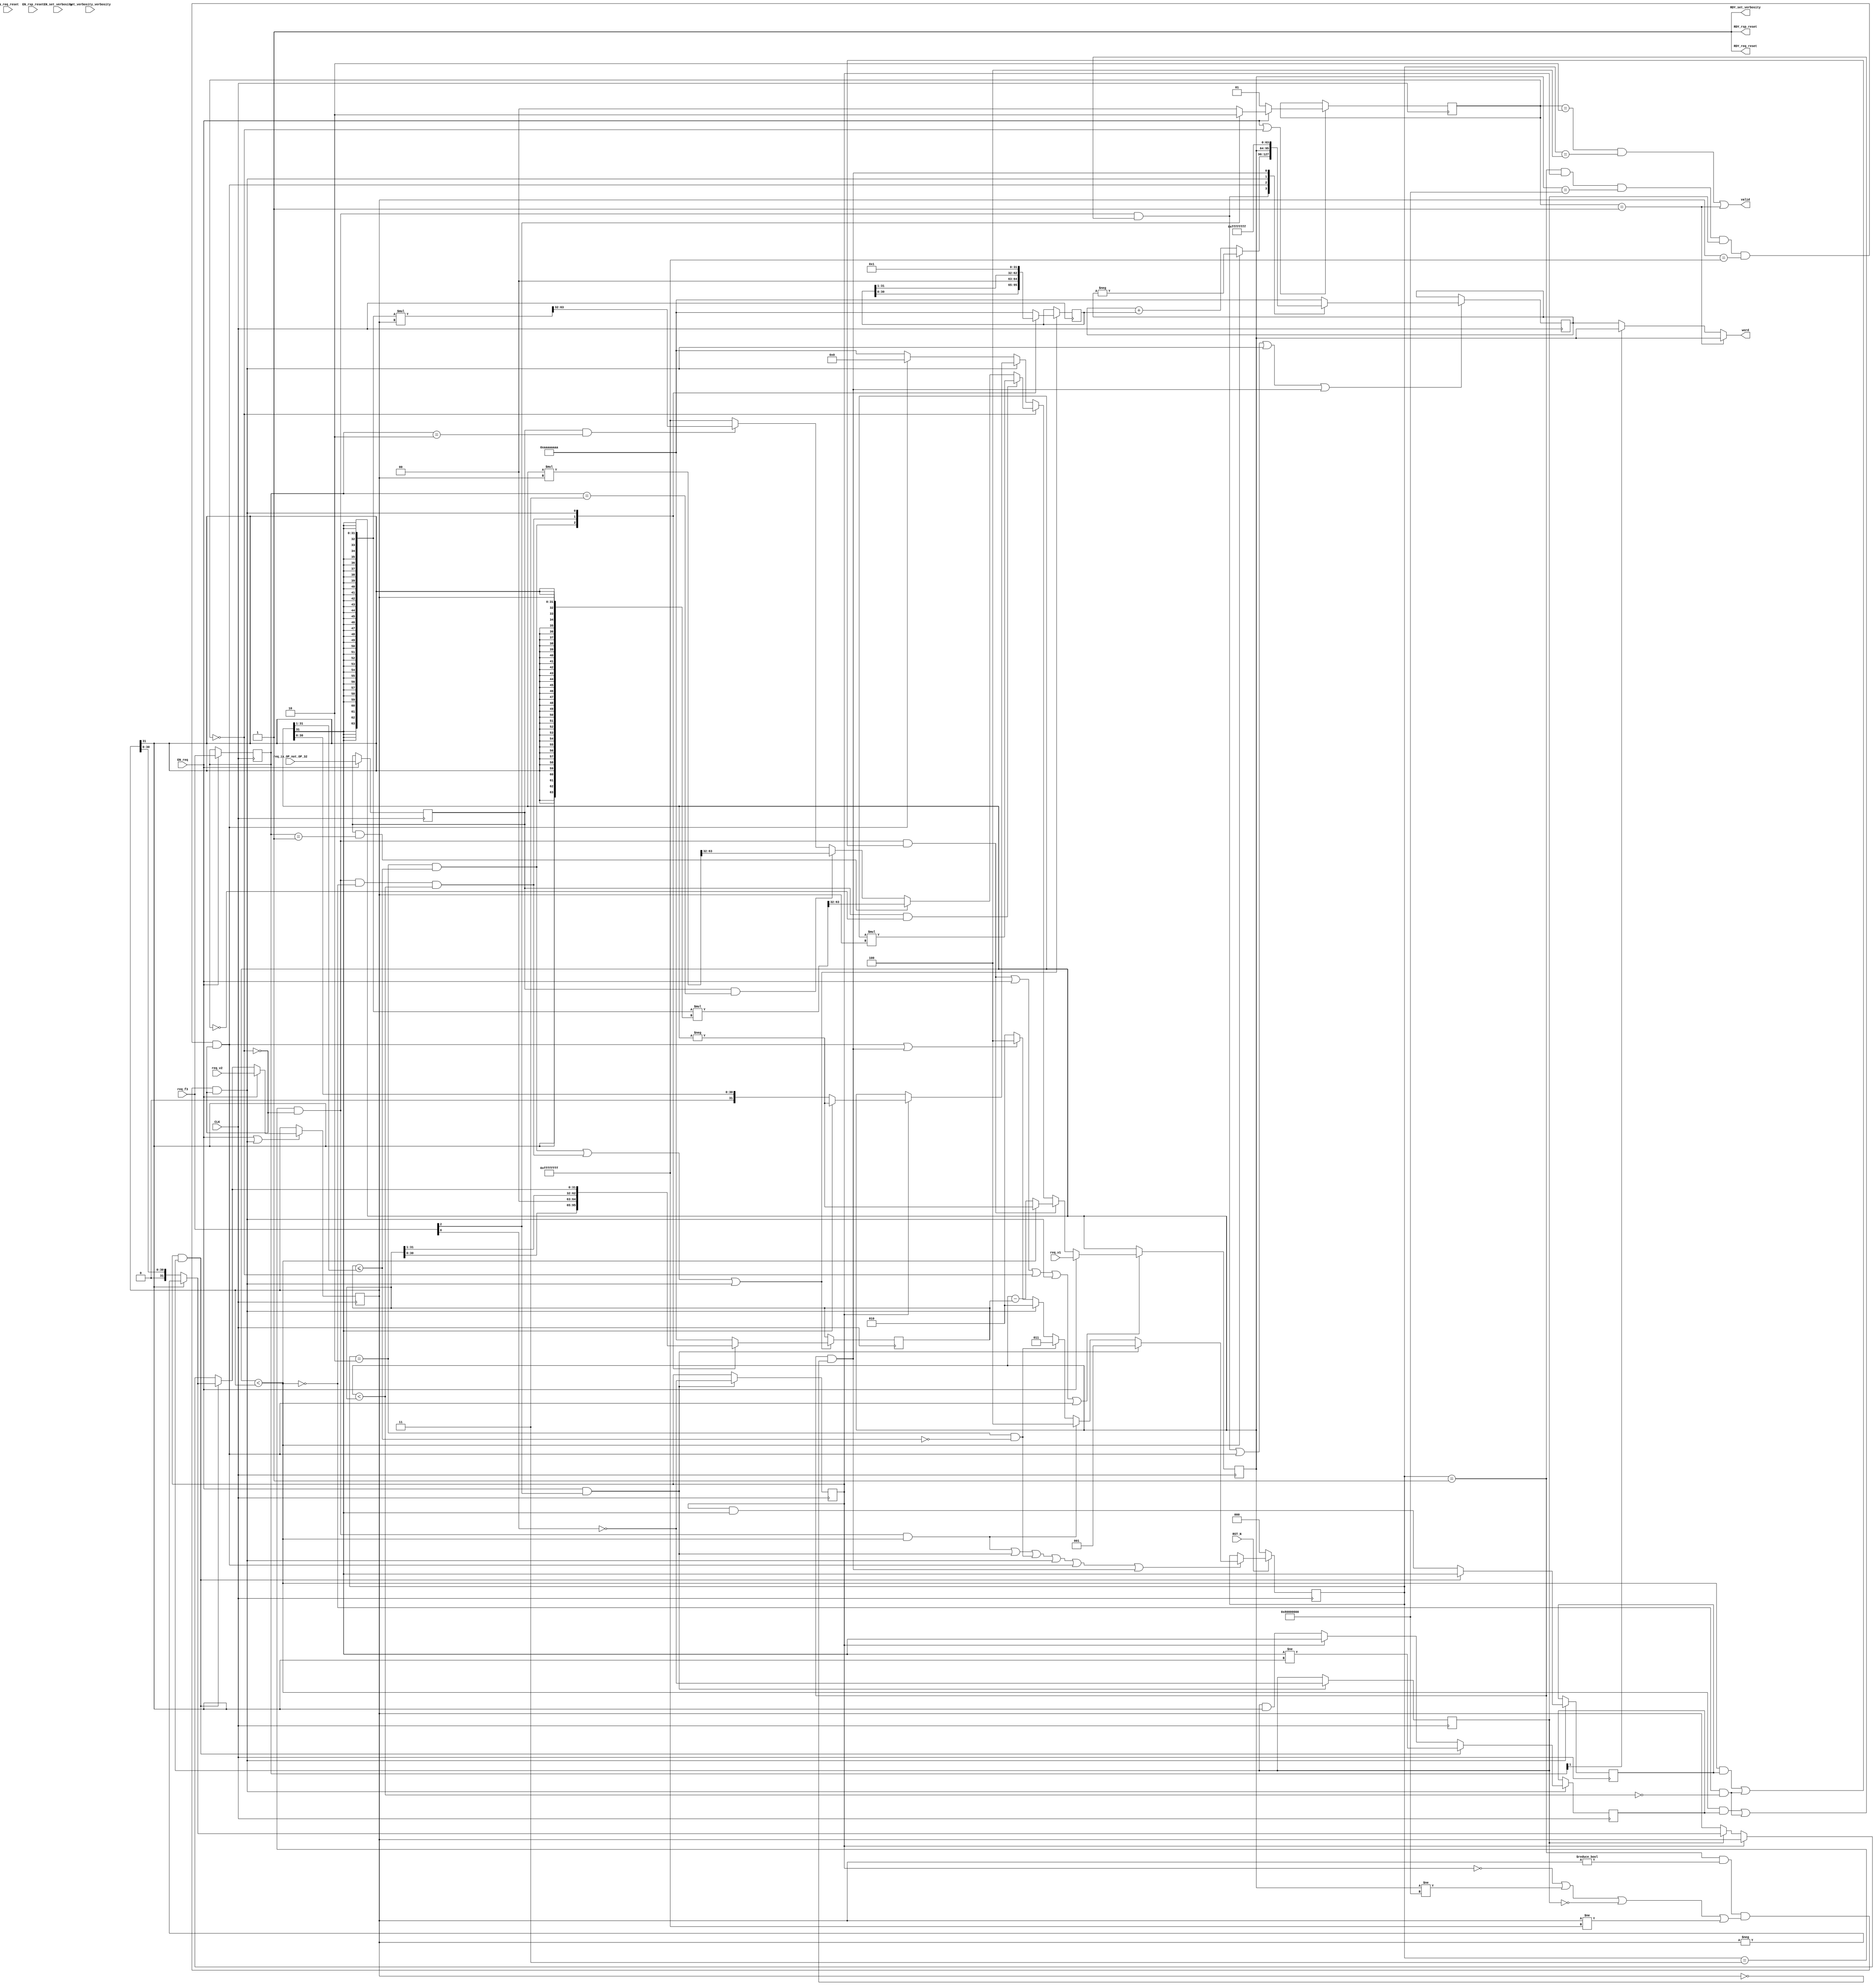
//
// Generated by Bluespec Compiler, version 2018.10.beta1 (build e1df8052c, 2018-10-17)
//
//
//
//
// Ports:
// Name                         I/O  size props
// RDY_set_verbosity              O     1 const
// RDY_req_reset                  O     1 const
// RDY_rsp_reset                  O     1 const
// valid                          O     1
// word                           O    32
// CLK                            I     1 clock
// RST_N                          I     1 reset
// set_verbosity_verbosity        I     4 reg
// req_is_OP_not_OP_32            I     1 reg
// req_f3                         I     3
// req_v1                         I    32
// req_v2                         I    32
// EN_set_verbosity               I     1
// EN_req_reset                   I     1 unused
// EN_rsp_reset                   I     1 unused
// EN_req                         I     1
//
// No combinational paths from inputs to outputs
//
//

`ifdef BSV_ASSIGNMENT_DELAY
`else
  `define BSV_ASSIGNMENT_DELAY
`endif

`ifdef BSV_POSITIVE_RESET
  `define BSV_RESET_VALUE 1'b1
  `define BSV_RESET_EDGE posedge
`else
  `define BSV_RESET_VALUE 1'b0
  `define BSV_RESET_EDGE negedge
`endif

module mkRISCV_MBox(CLK,
		    RST_N,

		    set_verbosity_verbosity,
		    EN_set_verbosity,
		    RDY_set_verbosity,

		    EN_req_reset,
		    RDY_req_reset,

		    EN_rsp_reset,
		    RDY_rsp_reset,

		    req_is_OP_not_OP_32,
		    req_f3,
		    req_v1,
		    req_v2,
		    EN_req,

		    valid,

		    word);
  input  CLK;
  input  RST_N;

  // action method set_verbosity
  input  [3 : 0] set_verbosity_verbosity;
  input  EN_set_verbosity;
  output RDY_set_verbosity;

  // action method req_reset
  input  EN_req_reset;
  output RDY_req_reset;

  // action method rsp_reset
  input  EN_rsp_reset;
  output RDY_rsp_reset;

  // action method req
  input  req_is_OP_not_OP_32;
  input  [2 : 0] req_f3;
  input  [31 : 0] req_v1;
  input  [31 : 0] req_v2;
  input  EN_req;

  // value method valid
  output valid;

  // value method word
  output [31 : 0] word;

  // signals for module outputs
  wire [31 : 0] word;
  wire RDY_req_reset, RDY_rsp_reset, RDY_set_verbosity, valid;

  // inlined wires
  wire dw_valid$whas;

  // register cfg_verbosity
  reg [3 : 0] cfg_verbosity;
  wire [3 : 0] cfg_verbosity$D_IN;
  wire cfg_verbosity$EN;

  // register intDiv_rg_denom2
  reg [31 : 0] intDiv_rg_denom2;
  reg [31 : 0] intDiv_rg_denom2$D_IN;
  wire intDiv_rg_denom2$EN;

  // register intDiv_rg_denom_is_signed
  reg intDiv_rg_denom_is_signed;
  wire intDiv_rg_denom_is_signed$D_IN, intDiv_rg_denom_is_signed$EN;

  // register intDiv_rg_n
  reg [31 : 0] intDiv_rg_n;
  reg [31 : 0] intDiv_rg_n$D_IN;
  wire intDiv_rg_n$EN;

  // register intDiv_rg_numer_is_signed
  reg intDiv_rg_numer_is_signed;
  wire intDiv_rg_numer_is_signed$D_IN, intDiv_rg_numer_is_signed$EN;

  // register intDiv_rg_quo
  reg [31 : 0] intDiv_rg_quo;
  reg [31 : 0] intDiv_rg_quo$D_IN;
  wire intDiv_rg_quo$EN;

  // register intDiv_rg_quoIsNeg
  reg intDiv_rg_quoIsNeg;
  wire intDiv_rg_quoIsNeg$D_IN, intDiv_rg_quoIsNeg$EN;

  // register intDiv_rg_remIsNeg
  reg intDiv_rg_remIsNeg;
  wire intDiv_rg_remIsNeg$D_IN, intDiv_rg_remIsNeg$EN;

  // register intDiv_rg_state
  reg [2 : 0] intDiv_rg_state;
  reg [2 : 0] intDiv_rg_state$D_IN;
  wire intDiv_rg_state$EN;

  // register rg_f3
  reg [2 : 0] rg_f3;
  wire [2 : 0] rg_f3$D_IN;
  wire rg_f3$EN;

  // register rg_is_OP_not_OP_32
  reg rg_is_OP_not_OP_32;
  wire rg_is_OP_not_OP_32$D_IN, rg_is_OP_not_OP_32$EN;

  // register rg_state
  reg [1 : 0] rg_state;
  wire [1 : 0] rg_state$D_IN;
  wire rg_state$EN;

  // register rg_v1
  reg [31 : 0] rg_v1;
  reg [31 : 0] rg_v1$D_IN;
  wire rg_v1$EN;

  // register rg_v2
  reg [31 : 0] rg_v2;
  wire [31 : 0] rg_v2$D_IN;
  wire rg_v2$EN;

  // rule scheduling signals
  wire CAN_FIRE_RL_intDiv_rl_loop1,
       CAN_FIRE_RL_intDiv_rl_loop2,
       CAN_FIRE_RL_intDiv_rl_start_div_by_zero,
       CAN_FIRE_RL_intDiv_rl_start_overflow,
       CAN_FIRE_RL_intDiv_rl_start_s,
       CAN_FIRE_RL_rg_div_rem,
       CAN_FIRE_RL_rl_mul,
       CAN_FIRE_RL_rl_mul2,
       CAN_FIRE_req,
       CAN_FIRE_req_reset,
       CAN_FIRE_rsp_reset,
       CAN_FIRE_set_verbosity,
       WILL_FIRE_RL_intDiv_rl_loop1,
       WILL_FIRE_RL_intDiv_rl_loop2,
       WILL_FIRE_RL_intDiv_rl_start_div_by_zero,
       WILL_FIRE_RL_intDiv_rl_start_overflow,
       WILL_FIRE_RL_intDiv_rl_start_s,
       WILL_FIRE_RL_rg_div_rem,
       WILL_FIRE_RL_rl_mul,
       WILL_FIRE_RL_rl_mul2,
       WILL_FIRE_req,
       WILL_FIRE_req_reset,
       WILL_FIRE_rsp_reset,
       WILL_FIRE_set_verbosity;

  // inputs to muxes for submodule ports
  wire [31 : 0] MUX_dw_result$wset_1__VAL_2,
		MUX_intDiv_rg_denom2$write_1__VAL_1,
		MUX_intDiv_rg_denom2$write_1__VAL_2,
		MUX_intDiv_rg_denom2$write_1__VAL_3,
		MUX_intDiv_rg_n$write_1__VAL_1,
		MUX_intDiv_rg_n$write_1__VAL_2,
		MUX_intDiv_rg_quo$write_1__VAL_1,
		MUX_rg_v1$write_1__VAL_2,
		MUX_rg_v1$write_1__VAL_3,
		MUX_rg_v1$write_1__VAL_4;
  wire [1 : 0] MUX_rg_state$write_1__VAL_1;
  wire MUX_intDiv_rg_denom2$write_1__SEL_1,
       MUX_intDiv_rg_denom2$write_1__SEL_2,
       MUX_intDiv_rg_quo$write_1__SEL_1,
       MUX_intDiv_rg_state$write_1__SEL_1,
       MUX_intDiv_rg_state$write_1__SEL_2,
       MUX_intDiv_rg_state$write_1__SEL_3,
       MUX_rg_v1$write_1__SEL_2;

  // declarations used by system tasks
  // synopsys translate_off
  reg [31 : 0] v__h3263;
  reg [31 : 0] v__h3257;
  // synopsys translate_on

  // remaining internal signals
  wire [127 : 0] SEXT_rg_v1__03_MUL_0_CONCAT_rg_v2_09___d113,
		 SEXT_rg_v1__03_MUL_SEXT_rg_v2__04___d105,
		 _0_CONCAT_rg_v1_08_MUL_0_CONCAT_rg_v2_09___d110;
  wire [63 : 0] SEXT_rg_v1____d103, rg_v1_MUL_rg_v2___d100, v1__h3150;
  wire [31 : 0] _theResult___fst__h787,
		_theResult___snd_fst__h782,
		denom___1__h729,
		numer___1__h728,
		v__h3074,
		v__h3132,
		v__h3183,
		x__h2611,
		x__h2697,
		x__h2767,
		x__h2782,
		y__h2490;
  wire IF_intDiv_rg_numer_is_signed_THEN_rg_v1_BIT_31_ETC___d39,
       intDiv_rg_denom2_4_ULE_0_CONCAT_rg_v1_BITS_31__ETC___d47,
       rg_v1_ULT_intDiv_rg_denom2_4___d59,
       rg_v1_ULT_rg_v2___d55;

  // action method set_verbosity
  assign RDY_set_verbosity = 1'd1 ;
  assign CAN_FIRE_set_verbosity = 1'd1 ;
  assign WILL_FIRE_set_verbosity = EN_set_verbosity ;

  // action method req_reset
  assign RDY_req_reset = 1'd1 ;
  assign CAN_FIRE_req_reset = 1'd1 ;
  assign WILL_FIRE_req_reset = EN_req_reset ;

  // action method rsp_reset
  assign RDY_rsp_reset = 1'd1 ;
  assign CAN_FIRE_rsp_reset = 1'd1 ;
  assign WILL_FIRE_rsp_reset = EN_rsp_reset ;

  // action method req
  assign CAN_FIRE_req = 1'd1 ;
  assign WILL_FIRE_req = EN_req ;

  // value method valid
  assign valid = dw_valid$whas ;

  // value method word
  assign word = WILL_FIRE_RL_rl_mul2 ? rg_v1 : MUX_dw_result$wset_1__VAL_2 ;

  // rule RL_rl_mul2
  assign CAN_FIRE_RL_rl_mul2 = rg_state == 2'd1 ;
  assign WILL_FIRE_RL_rl_mul2 = CAN_FIRE_RL_rl_mul2 ;

  // rule RL_rg_div_rem
  assign CAN_FIRE_RL_rg_div_rem =
	     rg_state == 2'd2 && intDiv_rg_state == 3'd4 ;
  assign WILL_FIRE_RL_rg_div_rem = CAN_FIRE_RL_rg_div_rem ;

  // rule RL_intDiv_rl_start_div_by_zero
  assign CAN_FIRE_RL_intDiv_rl_start_div_by_zero =
	     intDiv_rg_state == 3'd1 && rg_v2 == 32'd0 ;
  assign WILL_FIRE_RL_intDiv_rl_start_div_by_zero =
	     CAN_FIRE_RL_intDiv_rl_start_div_by_zero ;

  // rule RL_intDiv_rl_start_overflow
  assign CAN_FIRE_RL_intDiv_rl_start_overflow =
	     intDiv_rg_state == 3'd1 && intDiv_rg_numer_is_signed &&
	     rg_v1 == 32'h80000000 &&
	     intDiv_rg_denom_is_signed &&
	     rg_v2 == 32'hFFFFFFFF ;
  assign WILL_FIRE_RL_intDiv_rl_start_overflow =
	     CAN_FIRE_RL_intDiv_rl_start_overflow && !WILL_FIRE_RL_rl_mul ;

  // rule RL_intDiv_rl_start_s
  assign CAN_FIRE_RL_intDiv_rl_start_s =
	     intDiv_rg_state == 3'd1 && rg_v2 != 32'd0 &&
	     (!intDiv_rg_numer_is_signed || rg_v1 != 32'h80000000 ||
	      !intDiv_rg_denom_is_signed ||
	      rg_v2 != 32'hFFFFFFFF) ;
  assign WILL_FIRE_RL_intDiv_rl_start_s =
	     CAN_FIRE_RL_intDiv_rl_start_s && !WILL_FIRE_RL_rl_mul ;

  // rule RL_intDiv_rl_loop1
  assign CAN_FIRE_RL_intDiv_rl_loop1 = intDiv_rg_state == 3'd2 ;
  assign WILL_FIRE_RL_intDiv_rl_loop1 = CAN_FIRE_RL_intDiv_rl_loop1 ;

  // rule RL_rl_mul
  assign CAN_FIRE_RL_rl_mul = rg_state == 2'd0 ;
  assign WILL_FIRE_RL_rl_mul = rg_state == 2'd0 ;

  // rule RL_intDiv_rl_loop2
  assign CAN_FIRE_RL_intDiv_rl_loop2 = intDiv_rg_state == 3'd3 ;
  assign WILL_FIRE_RL_intDiv_rl_loop2 =
	     CAN_FIRE_RL_intDiv_rl_loop2 && !WILL_FIRE_RL_rl_mul ;

  // inputs to muxes for submodule ports
  assign MUX_intDiv_rg_denom2$write_1__SEL_1 =
	     WILL_FIRE_RL_intDiv_rl_loop1 &&
	     intDiv_rg_denom2_4_ULE_0_CONCAT_rg_v1_BITS_31__ETC___d47 ;
  assign MUX_intDiv_rg_denom2$write_1__SEL_2 =
	     WILL_FIRE_RL_intDiv_rl_loop2 && !rg_v1_ULT_rg_v2___d55 &&
	     rg_v1_ULT_intDiv_rg_denom2_4___d59 ;
  assign MUX_intDiv_rg_quo$write_1__SEL_1 =
	     WILL_FIRE_RL_intDiv_rl_loop2 &&
	     (rg_v1_ULT_rg_v2___d55 && intDiv_rg_quoIsNeg ||
	      !rg_v1_ULT_rg_v2___d55 && !rg_v1_ULT_intDiv_rg_denom2_4___d59) ;
  assign MUX_intDiv_rg_state$write_1__SEL_1 = EN_req && req_f3[2] ;
  assign MUX_intDiv_rg_state$write_1__SEL_2 =
	     WILL_FIRE_RL_intDiv_rl_loop2 && rg_v1_ULT_rg_v2___d55 ;
  assign MUX_intDiv_rg_state$write_1__SEL_3 =
	     WILL_FIRE_RL_intDiv_rl_loop1 &&
	     !intDiv_rg_denom2_4_ULE_0_CONCAT_rg_v1_BITS_31__ETC___d47 ;
  assign MUX_rg_v1$write_1__SEL_2 =
	     WILL_FIRE_RL_intDiv_rl_loop2 &&
	     (rg_v1_ULT_rg_v2___d55 && intDiv_rg_remIsNeg ||
	      !rg_v1_ULT_rg_v2___d55 && !rg_v1_ULT_intDiv_rg_denom2_4___d59) ;
  assign MUX_dw_result$wset_1__VAL_2 = rg_f3[1] ? rg_v1 : intDiv_rg_quo ;
  assign MUX_intDiv_rg_denom2$write_1__VAL_1 =
	     { intDiv_rg_denom2[30:0], 1'd0 } ;
  assign MUX_intDiv_rg_denom2$write_1__VAL_2 =
	     { 1'd0, intDiv_rg_denom2[31:1] } ;
  assign MUX_intDiv_rg_denom2$write_1__VAL_3 =
	     (intDiv_rg_numer_is_signed && intDiv_rg_denom_is_signed) ?
	       denom___1__h729 :
	       _theResult___snd_fst__h782 ;
  assign MUX_intDiv_rg_n$write_1__VAL_1 = { intDiv_rg_n[30:0], 1'd0 } ;
  assign MUX_intDiv_rg_n$write_1__VAL_2 = { 1'd0, intDiv_rg_n[31:1] } ;
  assign MUX_intDiv_rg_quo$write_1__VAL_1 =
	     rg_v1_ULT_rg_v2___d55 ? x__h2697 : x__h2782 ;
  assign MUX_rg_state$write_1__VAL_1 = req_f3[2] ? 2'd2 : 2'd0 ;
  assign MUX_rg_v1$write_1__VAL_2 =
	     rg_v1_ULT_rg_v2___d55 ? x__h2767 : x__h2611 ;
  assign MUX_rg_v1$write_1__VAL_3 =
	     (rg_is_OP_not_OP_32 && rg_f3 == 3'b0) ?
	       rg_v1_MUL_rg_v2___d100[31:0] :
	       v__h3074 ;
  assign MUX_rg_v1$write_1__VAL_4 =
	     intDiv_rg_numer_is_signed ? numer___1__h728 : rg_v1 ;

  // inlined wires
  assign dw_valid$whas = WILL_FIRE_RL_rg_div_rem || WILL_FIRE_RL_rl_mul2 ;

  // register cfg_verbosity
  assign cfg_verbosity$D_IN = set_verbosity_verbosity ;
  assign cfg_verbosity$EN = EN_set_verbosity ;

  // register intDiv_rg_denom2
  always@(MUX_intDiv_rg_denom2$write_1__SEL_1 or
	  MUX_intDiv_rg_denom2$write_1__VAL_1 or
	  MUX_intDiv_rg_denom2$write_1__SEL_2 or
	  MUX_intDiv_rg_denom2$write_1__VAL_2 or
	  WILL_FIRE_RL_intDiv_rl_start_s or
	  MUX_intDiv_rg_denom2$write_1__VAL_3)
  begin
    case (1'b1) // synopsys parallel_case
      MUX_intDiv_rg_denom2$write_1__SEL_1:
	  intDiv_rg_denom2$D_IN = MUX_intDiv_rg_denom2$write_1__VAL_1;
      MUX_intDiv_rg_denom2$write_1__SEL_2:
	  intDiv_rg_denom2$D_IN = MUX_intDiv_rg_denom2$write_1__VAL_2;
      WILL_FIRE_RL_intDiv_rl_start_s:
	  intDiv_rg_denom2$D_IN = MUX_intDiv_rg_denom2$write_1__VAL_3;
      default: intDiv_rg_denom2$D_IN = 32'hAAAAAAAA /* unspecified value */ ;
    endcase
  end
  assign intDiv_rg_denom2$EN =
	     WILL_FIRE_RL_intDiv_rl_loop1 &&
	     intDiv_rg_denom2_4_ULE_0_CONCAT_rg_v1_BITS_31__ETC___d47 ||
	     WILL_FIRE_RL_intDiv_rl_loop2 && !rg_v1_ULT_rg_v2___d55 &&
	     rg_v1_ULT_intDiv_rg_denom2_4___d59 ||
	     WILL_FIRE_RL_intDiv_rl_start_s ;

  // register intDiv_rg_denom_is_signed
  assign intDiv_rg_denom_is_signed$D_IN = !req_f3[0] ;
  assign intDiv_rg_denom_is_signed$EN = MUX_intDiv_rg_state$write_1__SEL_1 ;

  // register intDiv_rg_n
  always@(MUX_intDiv_rg_denom2$write_1__SEL_1 or
	  MUX_intDiv_rg_n$write_1__VAL_1 or
	  MUX_intDiv_rg_denom2$write_1__SEL_2 or
	  MUX_intDiv_rg_n$write_1__VAL_2 or WILL_FIRE_RL_intDiv_rl_start_s)
  begin
    case (1'b1) // synopsys parallel_case
      MUX_intDiv_rg_denom2$write_1__SEL_1:
	  intDiv_rg_n$D_IN = MUX_intDiv_rg_n$write_1__VAL_1;
      MUX_intDiv_rg_denom2$write_1__SEL_2:
	  intDiv_rg_n$D_IN = MUX_intDiv_rg_n$write_1__VAL_2;
      WILL_FIRE_RL_intDiv_rl_start_s: intDiv_rg_n$D_IN = 32'd1;
      default: intDiv_rg_n$D_IN = 32'hAAAAAAAA /* unspecified value */ ;
    endcase
  end
  assign intDiv_rg_n$EN =
	     WILL_FIRE_RL_intDiv_rl_loop1 &&
	     intDiv_rg_denom2_4_ULE_0_CONCAT_rg_v1_BITS_31__ETC___d47 ||
	     WILL_FIRE_RL_intDiv_rl_loop2 && !rg_v1_ULT_rg_v2___d55 &&
	     rg_v1_ULT_intDiv_rg_denom2_4___d59 ||
	     WILL_FIRE_RL_intDiv_rl_start_s ;

  // register intDiv_rg_numer_is_signed
  assign intDiv_rg_numer_is_signed$D_IN = !req_f3[0] ;
  assign intDiv_rg_numer_is_signed$EN = MUX_intDiv_rg_state$write_1__SEL_1 ;

  // register intDiv_rg_quo
  always@(MUX_intDiv_rg_quo$write_1__SEL_1 or
	  MUX_intDiv_rg_quo$write_1__VAL_1 or
	  WILL_FIRE_RL_intDiv_rl_start_overflow or
	  rg_v1 or
	  WILL_FIRE_RL_intDiv_rl_start_s or
	  WILL_FIRE_RL_intDiv_rl_start_div_by_zero)
  begin
    case (1'b1) // synopsys parallel_case
      MUX_intDiv_rg_quo$write_1__SEL_1:
	  intDiv_rg_quo$D_IN = MUX_intDiv_rg_quo$write_1__VAL_1;
      WILL_FIRE_RL_intDiv_rl_start_overflow: intDiv_rg_quo$D_IN = rg_v1;
      WILL_FIRE_RL_intDiv_rl_start_s: intDiv_rg_quo$D_IN = 32'd0;
      WILL_FIRE_RL_intDiv_rl_start_div_by_zero:
	  intDiv_rg_quo$D_IN = 32'hFFFFFFFF;
      default: intDiv_rg_quo$D_IN = 32'hAAAAAAAA /* unspecified value */ ;
    endcase
  end
  assign intDiv_rg_quo$EN =
	     MUX_intDiv_rg_quo$write_1__SEL_1 ||
	     WILL_FIRE_RL_intDiv_rl_start_overflow ||
	     WILL_FIRE_RL_intDiv_rl_start_s ||
	     WILL_FIRE_RL_intDiv_rl_start_div_by_zero ;

  // register intDiv_rg_quoIsNeg
  assign intDiv_rg_quoIsNeg$D_IN =
	     (intDiv_rg_numer_is_signed && intDiv_rg_denom_is_signed) ?
	       rg_v1[31] != rg_v2[31] :
	       IF_intDiv_rg_numer_is_signed_THEN_rg_v1_BIT_31_ETC___d39 ;
  assign intDiv_rg_quoIsNeg$EN = WILL_FIRE_RL_intDiv_rl_start_s ;

  // register intDiv_rg_remIsNeg
  assign intDiv_rg_remIsNeg$D_IN =
	     (intDiv_rg_numer_is_signed && intDiv_rg_denom_is_signed) ?
	       rg_v1[31] :
	       intDiv_rg_numer_is_signed && rg_v1[31] ;
  assign intDiv_rg_remIsNeg$EN = WILL_FIRE_RL_intDiv_rl_start_s ;

  // register intDiv_rg_state
  always@(MUX_intDiv_rg_state$write_1__SEL_1 or
	  MUX_intDiv_rg_state$write_1__SEL_2 or
	  MUX_intDiv_rg_state$write_1__SEL_3 or
	  WILL_FIRE_RL_intDiv_rl_start_s or
	  WILL_FIRE_RL_intDiv_rl_start_overflow or
	  WILL_FIRE_RL_intDiv_rl_start_div_by_zero)
  case (1'b1)
    MUX_intDiv_rg_state$write_1__SEL_1: intDiv_rg_state$D_IN = 3'd1;
    MUX_intDiv_rg_state$write_1__SEL_2: intDiv_rg_state$D_IN = 3'd4;
    MUX_intDiv_rg_state$write_1__SEL_3: intDiv_rg_state$D_IN = 3'd3;
    WILL_FIRE_RL_intDiv_rl_start_s: intDiv_rg_state$D_IN = 3'd2;
    WILL_FIRE_RL_intDiv_rl_start_overflow ||
    WILL_FIRE_RL_intDiv_rl_start_div_by_zero:
	intDiv_rg_state$D_IN = 3'd4;
    default: intDiv_rg_state$D_IN = 3'b010 /* unspecified value */ ;
  endcase
  assign intDiv_rg_state$EN =
	     WILL_FIRE_RL_intDiv_rl_loop2 && rg_v1_ULT_rg_v2___d55 ||
	     EN_req && req_f3[2] ||
	     WILL_FIRE_RL_intDiv_rl_loop1 &&
	     !intDiv_rg_denom2_4_ULE_0_CONCAT_rg_v1_BITS_31__ETC___d47 ||
	     WILL_FIRE_RL_intDiv_rl_start_s ||
	     WILL_FIRE_RL_intDiv_rl_start_overflow ||
	     WILL_FIRE_RL_intDiv_rl_start_div_by_zero ;

  // register rg_f3
  assign rg_f3$D_IN = req_f3 ;
  assign rg_f3$EN = EN_req ;

  // register rg_is_OP_not_OP_32
  assign rg_is_OP_not_OP_32$D_IN = req_is_OP_not_OP_32 ;
  assign rg_is_OP_not_OP_32$EN = EN_req ;

  // register rg_state
  assign rg_state$D_IN = EN_req ? MUX_rg_state$write_1__VAL_1 : 2'd1 ;
  assign rg_state$EN = EN_req || WILL_FIRE_RL_rl_mul ;

  // register rg_v1
  always@(EN_req or
	  req_v1 or
	  MUX_rg_v1$write_1__SEL_2 or
	  MUX_rg_v1$write_1__VAL_2 or
	  WILL_FIRE_RL_rl_mul or
	  MUX_rg_v1$write_1__VAL_3 or
	  WILL_FIRE_RL_intDiv_rl_start_s or
	  MUX_rg_v1$write_1__VAL_4 or WILL_FIRE_RL_intDiv_rl_start_overflow)
  case (1'b1)
    EN_req: rg_v1$D_IN = req_v1;
    MUX_rg_v1$write_1__SEL_2: rg_v1$D_IN = MUX_rg_v1$write_1__VAL_2;
    WILL_FIRE_RL_rl_mul: rg_v1$D_IN = MUX_rg_v1$write_1__VAL_3;
    WILL_FIRE_RL_intDiv_rl_start_s: rg_v1$D_IN = MUX_rg_v1$write_1__VAL_4;
    WILL_FIRE_RL_intDiv_rl_start_overflow: rg_v1$D_IN = 32'd0;
    default: rg_v1$D_IN = 32'hAAAAAAAA /* unspecified value */ ;
  endcase
  assign rg_v1$EN =
	     MUX_rg_v1$write_1__SEL_2 || EN_req || WILL_FIRE_RL_rl_mul ||
	     WILL_FIRE_RL_intDiv_rl_start_s ||
	     WILL_FIRE_RL_intDiv_rl_start_overflow ;

  // register rg_v2
  assign rg_v2$D_IN = EN_req ? req_v2 : MUX_intDiv_rg_denom2$write_1__VAL_3 ;
  assign rg_v2$EN = EN_req || WILL_FIRE_RL_intDiv_rl_start_s ;

  // remaining internal signals
  assign IF_intDiv_rg_numer_is_signed_THEN_rg_v1_BIT_31_ETC___d39 =
	     intDiv_rg_numer_is_signed ?
	       rg_v1[31] :
	       intDiv_rg_denom_is_signed && rg_v2[31] ;
  assign SEXT_rg_v1__03_MUL_0_CONCAT_rg_v2_09___d113 =
	     SEXT_rg_v1____d103 * { 32'd0, rg_v2 } ;
  assign SEXT_rg_v1__03_MUL_SEXT_rg_v2__04___d105 =
	     SEXT_rg_v1____d103 * { {32{rg_v2[31]}}, rg_v2 } ;
  assign SEXT_rg_v1____d103 = { {32{rg_v1[31]}}, rg_v1 } ;
  assign _0_CONCAT_rg_v1_08_MUL_0_CONCAT_rg_v2_09___d110 =
	     v1__h3150 * { 32'd0, rg_v2 } ;
  assign _theResult___fst__h787 =
	     intDiv_rg_denom_is_signed ? denom___1__h729 : rg_v2 ;
  assign _theResult___snd_fst__h782 =
	     intDiv_rg_numer_is_signed ? rg_v2 : _theResult___fst__h787 ;
  assign denom___1__h729 = rg_v2[31] ? -rg_v2 : rg_v2 ;
  assign intDiv_rg_denom2_4_ULE_0_CONCAT_rg_v1_BITS_31__ETC___d47 =
	     intDiv_rg_denom2 <= y__h2490 ;
  assign numer___1__h728 = rg_v1[31] ? x__h2767 : rg_v1 ;
  assign rg_v1_MUL_rg_v2___d100 = rg_v1 * rg_v2 ;
  assign rg_v1_ULT_intDiv_rg_denom2_4___d59 = rg_v1 < intDiv_rg_denom2 ;
  assign rg_v1_ULT_rg_v2___d55 = rg_v1 < rg_v2 ;
  assign v1__h3150 = { 32'd0, rg_v1 } ;
  assign v__h3074 =
	     (rg_is_OP_not_OP_32 && rg_f3 == 3'b001) ?
	       SEXT_rg_v1__03_MUL_SEXT_rg_v2__04___d105[63:32] :
	       v__h3132 ;
  assign v__h3132 =
	     (rg_is_OP_not_OP_32 && rg_f3 == 3'b011) ?
	       _0_CONCAT_rg_v1_08_MUL_0_CONCAT_rg_v2_09___d110[63:32] :
	       v__h3183 ;
  assign v__h3183 =
	     (rg_is_OP_not_OP_32 && rg_f3 == 3'b010) ?
	       SEXT_rg_v1__03_MUL_0_CONCAT_rg_v2_09___d113[63:32] :
	       32'hFFFFFFFF ;
  assign x__h2611 = rg_v1 - intDiv_rg_denom2 ;
  assign x__h2697 = -intDiv_rg_quo ;
  assign x__h2767 = -rg_v1 ;
  assign x__h2782 = intDiv_rg_quo + intDiv_rg_n ;
  assign y__h2490 = { 1'd0, rg_v1[31:1] } ;

  // handling of inlined registers

  always@(posedge CLK)
  begin
    if (RST_N == `BSV_RESET_VALUE)
      begin
        cfg_verbosity <= `BSV_ASSIGNMENT_DELAY 4'd0;
	intDiv_rg_state <= `BSV_ASSIGNMENT_DELAY 3'd0;
      end
    else
      begin
        if (cfg_verbosity$EN)
	  cfg_verbosity <= `BSV_ASSIGNMENT_DELAY cfg_verbosity$D_IN;
	if (intDiv_rg_state$EN)
	  intDiv_rg_state <= `BSV_ASSIGNMENT_DELAY intDiv_rg_state$D_IN;
      end
    if (intDiv_rg_denom2$EN)
      intDiv_rg_denom2 <= `BSV_ASSIGNMENT_DELAY intDiv_rg_denom2$D_IN;
    if (intDiv_rg_denom_is_signed$EN)
      intDiv_rg_denom_is_signed <= `BSV_ASSIGNMENT_DELAY
	  intDiv_rg_denom_is_signed$D_IN;
    if (intDiv_rg_n$EN) intDiv_rg_n <= `BSV_ASSIGNMENT_DELAY intDiv_rg_n$D_IN;
    if (intDiv_rg_numer_is_signed$EN)
      intDiv_rg_numer_is_signed <= `BSV_ASSIGNMENT_DELAY
	  intDiv_rg_numer_is_signed$D_IN;
    if (intDiv_rg_quo$EN)
      intDiv_rg_quo <= `BSV_ASSIGNMENT_DELAY intDiv_rg_quo$D_IN;
    if (intDiv_rg_quoIsNeg$EN)
      intDiv_rg_quoIsNeg <= `BSV_ASSIGNMENT_DELAY intDiv_rg_quoIsNeg$D_IN;
    if (intDiv_rg_remIsNeg$EN)
      intDiv_rg_remIsNeg <= `BSV_ASSIGNMENT_DELAY intDiv_rg_remIsNeg$D_IN;
    if (rg_f3$EN) rg_f3 <= `BSV_ASSIGNMENT_DELAY rg_f3$D_IN;
    if (rg_is_OP_not_OP_32$EN)
      rg_is_OP_not_OP_32 <= `BSV_ASSIGNMENT_DELAY rg_is_OP_not_OP_32$D_IN;
    if (rg_state$EN) rg_state <= `BSV_ASSIGNMENT_DELAY rg_state$D_IN;
    if (rg_v1$EN) rg_v1 <= `BSV_ASSIGNMENT_DELAY rg_v1$D_IN;
    if (rg_v2$EN) rg_v2 <= `BSV_ASSIGNMENT_DELAY rg_v2$D_IN;
  end

  // synopsys translate_off
  `ifdef BSV_NO_INITIAL_BLOCKS
  `else // not BSV_NO_INITIAL_BLOCKS
  initial
  begin
    cfg_verbosity = 4'hA;
    intDiv_rg_denom2 = 32'hAAAAAAAA;
    intDiv_rg_denom_is_signed = 1'h0;
    intDiv_rg_n = 32'hAAAAAAAA;
    intDiv_rg_numer_is_signed = 1'h0;
    intDiv_rg_quo = 32'hAAAAAAAA;
    intDiv_rg_quoIsNeg = 1'h0;
    intDiv_rg_remIsNeg = 1'h0;
    intDiv_rg_state = 3'h2;
    rg_f3 = 3'h2;
    rg_is_OP_not_OP_32 = 1'h0;
    rg_state = 2'h2;
    rg_v1 = 32'hAAAAAAAA;
    rg_v2 = 32'hAAAAAAAA;
  end
  `endif // BSV_NO_INITIAL_BLOCKS
  // synopsys translate_on

  // handling of system tasks

  // synopsys translate_off
  always@(negedge CLK)
  begin
    #0;
    if (RST_N != `BSV_RESET_VALUE)
      if (WILL_FIRE_RL_rl_mul && cfg_verbosity > 4'd1)
	$display("    RISCV_MBox.rl_mul");
    if (RST_N != `BSV_RESET_VALUE)
      if (WILL_FIRE_RL_rl_mul &&
	  (!rg_is_OP_not_OP_32 ||
	   rg_f3 != 3'b0 && rg_f3 != 3'b001 && rg_f3 != 3'b011 &&
	   rg_f3 != 3'b010))
	begin
	  v__h3263 = $stime;
	  #0;
	end
    v__h3257 = v__h3263 / 32'd10;
    if (RST_N != `BSV_RESET_VALUE)
      if (WILL_FIRE_RL_rl_mul &&
	  (!rg_is_OP_not_OP_32 ||
	   rg_f3 != 3'b0 && rg_f3 != 3'b001 && rg_f3 != 3'b011 &&
	   rg_f3 != 3'b010))
	$display("%0d: ERROR: RISCV_MBox.rl_mul: illegal f3.", v__h3257);
    if (RST_N != `BSV_RESET_VALUE)
      if (WILL_FIRE_RL_rl_mul &&
	  (!rg_is_OP_not_OP_32 ||
	   rg_f3 != 3'b0 && rg_f3 != 3'b001 && rg_f3 != 3'b011 &&
	   rg_f3 != 3'b010))
	$display("    f3 0x%0h  v1 0x%0h  v2 0x%0h", rg_f3, rg_v1, rg_v2);
    if (RST_N != `BSV_RESET_VALUE)
      if (WILL_FIRE_RL_rl_mul &&
	  (!rg_is_OP_not_OP_32 ||
	   rg_f3 != 3'b0 && rg_f3 != 3'b001 && rg_f3 != 3'b011 &&
	   rg_f3 != 3'b010))
	$finish(32'd1);
  end
  // synopsys translate_on
endmodule  // mkRISCV_MBox